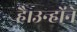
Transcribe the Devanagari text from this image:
है।उन्होंने